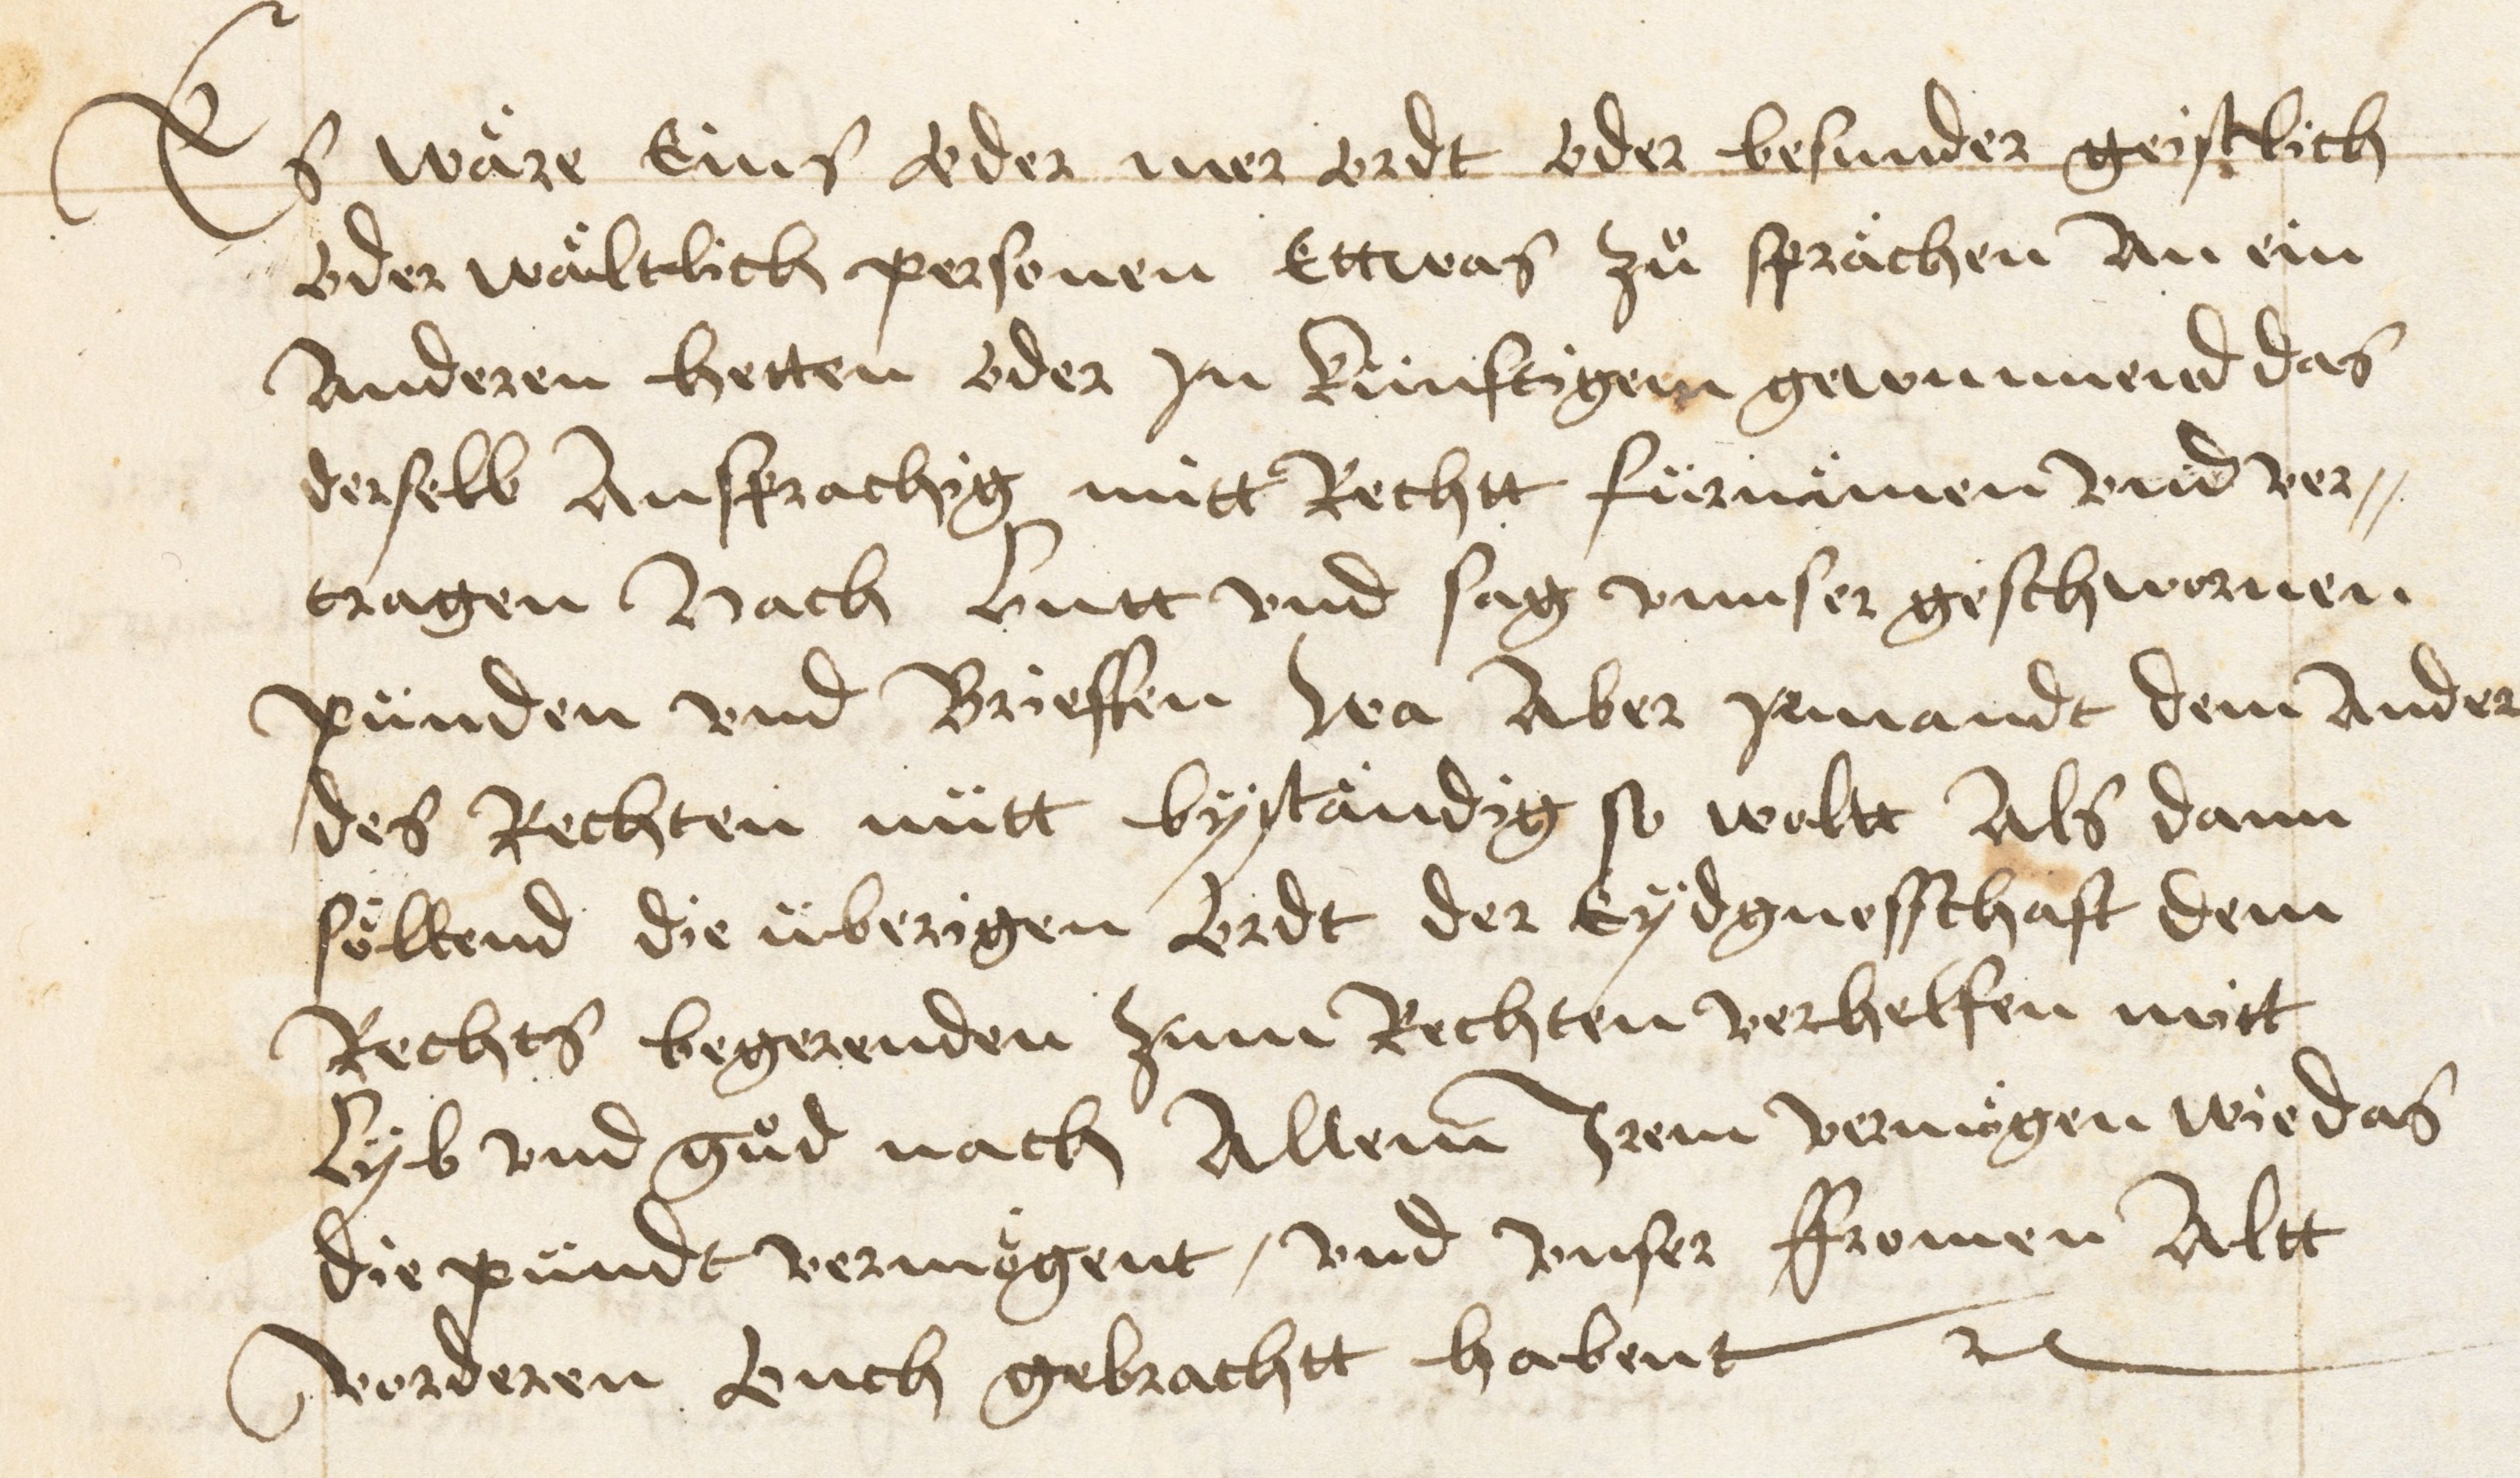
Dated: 1470–1607